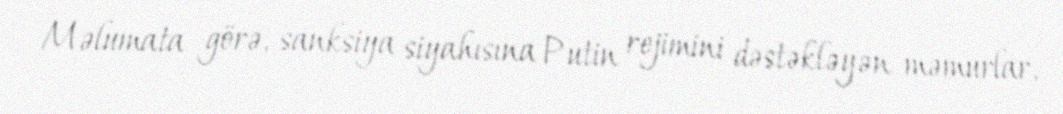
Məlumata görə, sanksiya siyahısına Putin rejimini dəstəkləyən məmurlar,